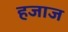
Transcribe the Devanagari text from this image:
हजाज